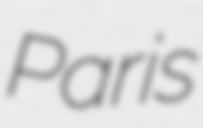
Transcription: Paris